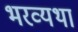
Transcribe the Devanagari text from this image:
भरव्यथा